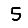
Digit: 5